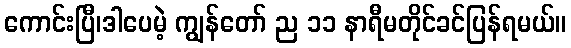
ကောင်းပြီ၊ဒါပေမဲ့ ကျွန်တော် ည ၁၁ နာရီမတိုင်ခင်ပြန်ရမယ်။